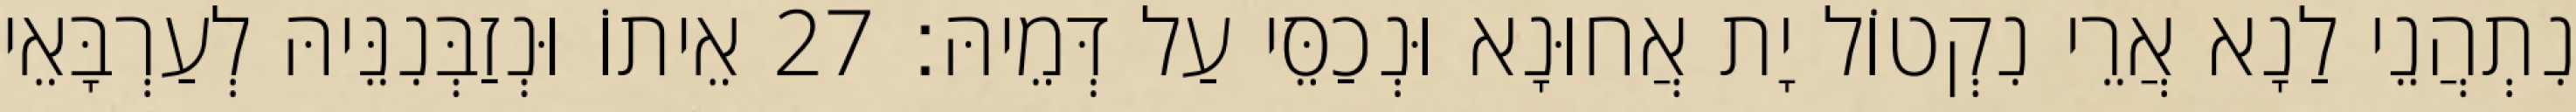
נִתְהֲנֵי לַנָא אֲרֵי נִקְטוֹל יָת אֲחוּנָא וּנְכַסֵּי עַל דְּמֵיהּ׃ 27 אֵיתוֹ וּנְזַבְּנִנֵּיהּ לְעַרְבָּאֵי